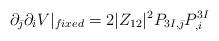
LaTeX: \begin{align*}\partial_{\bar \jmath} \partial_i V \vert_{fixed} = 2 \vert Z_{12}\vert ^2 P_{3I,\bar \jmath} P^{3I}_{,i}\end{align*}